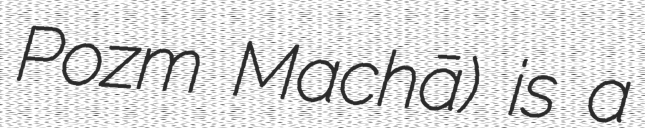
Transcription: Pozm Machā) is a